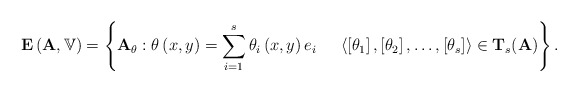
\begin{align*}{\bf E}\left( {\bf A},{\mathbb V}\right) =\left\{ {\bf A}_{\theta }:\theta \left( x,y\right) = \sum_{i=1}^{s}\theta _{i}\left( x,y\right) e_{i} \ \ \ \ \left\langle \left[ \theta _{1}\right] ,\left[ \theta _{2}\right] ,\dots,\left[ \theta _{s}\right] \right\rangle \in {\bf T}_{s}({\bf A}) \right\} .\end{align*}